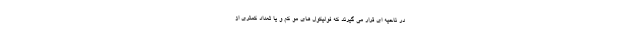
در ناحیه ای قرار می گیرند که فولیکول های مو کم و یا تعداد کمتری از